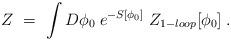
LaTeX: \begin{align*}Z \ = \ \int D \phi_0 \; e^{-S[\phi_0]} \; Z_{{1-loop}}[\phi_0] \;. \end{align*}